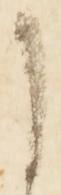
に